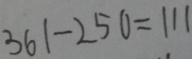
3 6 1 - 2 5 0 = 1 1 1